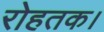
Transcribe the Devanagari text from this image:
रोहतक।